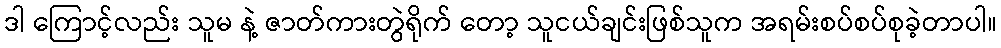
ဒါ ကြောင့်လည်း သူမ နဲ့ ဇာတ်ကားတွဲရိုက် တော့ သူငယ်ချင်းဖြစ်သူက အရမ်းစပ်စပ်စုခဲ့တာပါ။